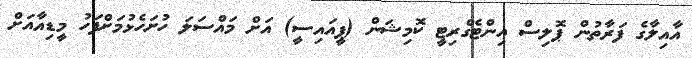
އާއިލާގެ ފަރާތުން ޕޮލިސް އިންޓެގްރިޓީ ކޮމިޝަން (ޕީއައިސީ) އަށް މައްސަލަ ހުށަހެޅުމަށްފަހު މީޑިއާއަށް